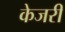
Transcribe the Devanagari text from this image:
केजरी